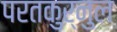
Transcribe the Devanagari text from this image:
परतकुर्नुल